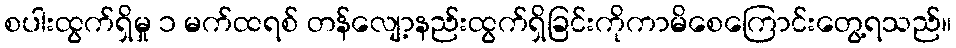
စပါးထွက်ရှိမှု ၁ မက်ထရစ် တန်လျော့နည်းထွက်ရှိခြင်းကိုကာမိစေကြောင်းတွေ့ရသည်။